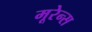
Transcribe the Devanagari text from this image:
मूरेन्स